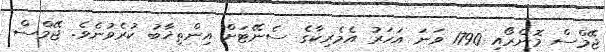
ޖޭމްސް މޮންރޯއި 1790 ވަނަ އަހަރު އެމެރިކާގެ ސެނޭޓަށް އިންތިޚާބު ކުރެވުނެވެ. ޖޭމްސް